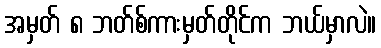
အမှတ် ၈ ဘတ်စ်ကားမှတ်တိုင်က ဘယ်မှာလဲ။